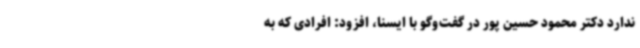
ندارد دکتر محمود حسین پور در گفت‌وگو با ایسنا، افزود: افرادی که به